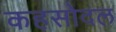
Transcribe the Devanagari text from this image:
कहसोदल